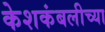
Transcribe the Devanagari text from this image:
केशकंबलीच्या